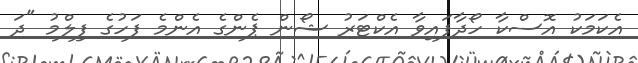
އެކަމަކު އޮސްކާ ހޯދާފައިވާ އެކްޓަރު ޝޯން ޕެންގެ އެންމެ ފަހުގެ ފިލްމު "ދަ